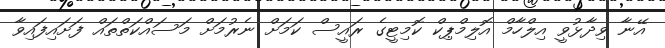
އޭނާ ވިދާޅުވީ އިލްހާމް އޮލިމްޕިކް ކޮމިޓީގެ ރައީސް ކަމަށް ނެރުމަށް މަސައްކަތްތައް ފަށައިފައިވާ